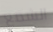
الشمع